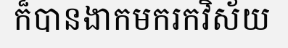
ក៏បានងាកមករកវិស័យ